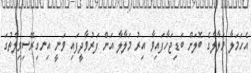
އެހަމަލާ މަލާލާގެ ބޮލަށް ބަޑިޖަހާފައިވާ އިރު މަލާލާ އަށް ފަރުވާދީފައި ވަނީ އިނގިރޭސިވިލާތުގަ